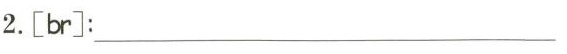
2.[br]: ___